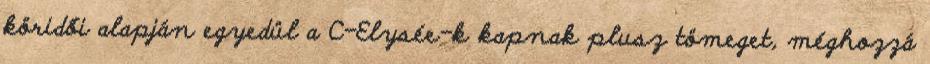
köridői alapján egyedül a C-Elysée-k kapnak plusz tömeget, méghozzá